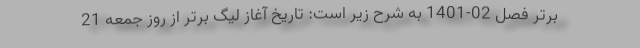
برتر فصل 02-1401 به شرح زیر است: تاریخ آغاز لیگ برتر از روز جمعه 21